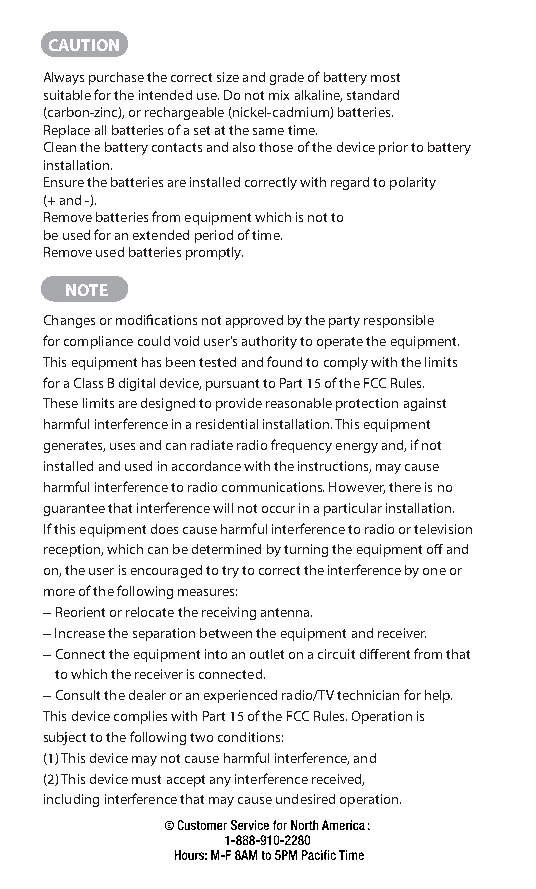
CAUTION
 Always purchase the correct size and grade of battery most
 suitable for the intended use. Do not mix alkaline, standard
 (carbon-zinc), or rechargeable (nickel-cadmium) batteries.
 Replace all batteries of a set at the same time.
 Clean the battery contacts and also those of the device prior to battery
 installation.
 Ensure the batteries are installed correctly with regard to polarity
 (+ and -).
 Remove batteries from equipment which is not to
 be used for an extended period of time.
 Remove used batteries promptly.
 NOTE
 Changes or modifications not approved by the party responsible
 for compliance could void user’s authority to operate the equipment.
 This equipment has been tested and found to comply with the limits
 for a Class B digital device, pursuant to Part 15 of the FCC Rules.
 These limits are designed to provide reasonable protection against
 harmful interference in a residential installation. This equipment
 generates, uses and can radiate radio frequency energy and, if not
 installed and used in accordance with the instructions, may cause
 harmful interference to radio communications. However, there is no
 guarantee that interference will not occur in a particular installation.
 If this equipment does cause harmful interference to radio or television
 reception, which can be determined by turning the equipment off and
 on, the user is encouraged to try to correct the interference by one or
 more of the following measures:
 -- Reorient or relocate the receiving antenna.
 -- Increase the separation between the equipment and receiver.
 -- Connect the equipment into an outlet on a circuit different from that
 to which the receiver is connected.
 -- Consult the dealer or an experienced radio/TV technician for help.
 This device complies with Part 15 of the FCC Rules. Operation is
 subject to the following two conditions:
 (1) This device may not cause harmful interference, and
 (2) This device must accept any interference received,
 including interference that may cause undesired operation.